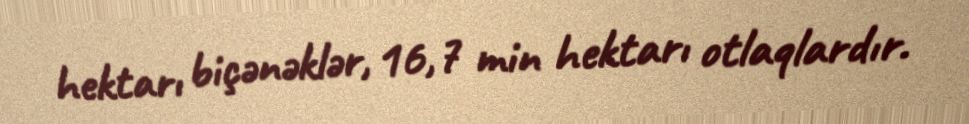
hektarı biçənəklər, 16,7 min hektarı otlaqlardır.